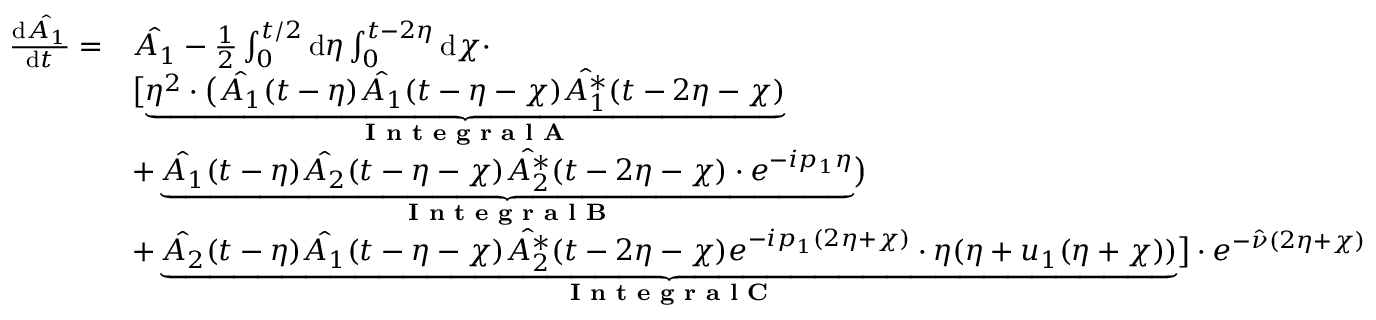
\begin{array} { r l } { \frac { \mathrm { d } \hat { A _ { 1 } } } { \mathrm { d } t } = } & { \hat { A _ { 1 } } - \frac { 1 } { 2 } \int _ { 0 } ^ { t / 2 } \mathrm { d } \eta \int _ { 0 } ^ { t - 2 \eta } \mathrm { d } \chi \cdot } \\ & { \bigl [ \underbrace { \eta ^ { 2 } \cdot \bigl ( \hat { A _ { 1 } } ( t - \eta ) \hat { A _ { 1 } } ( t - \eta - \chi ) \hat { A _ { 1 } ^ { * } } ( t - 2 \eta - \chi ) } _ { \textbf { I n t e g r a l A } } } \\ & { + \underbrace { \hat { A _ { 1 } } ( t - \eta ) \hat { A _ { 2 } } ( t - \eta - \chi ) \hat { A _ { 2 } ^ { * } } ( t - 2 \eta - \chi ) \cdot e ^ { - i p _ { 1 } \eta } } _ { \textbf { I n t e g r a l B } } \bigr ) } \\ & { + \underbrace { \hat { A _ { 2 } } ( t - \eta ) \hat { A _ { 1 } } ( t - \eta - \chi ) \hat { A _ { 2 } ^ { * } } ( t - 2 \eta - \chi ) e ^ { - i p _ { 1 } ( 2 \eta + \chi ) } \cdot \eta ( \eta + u _ { 1 } ( \eta + \chi ) ) } _ { \textbf { I n t e g r a l C } } \bigr ] \cdot e ^ { - \hat { \nu } ( 2 \eta + \chi ) } } \end{array}